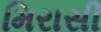
મિરાસી